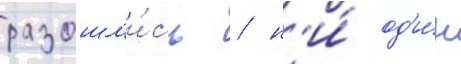
разошл'и́сь / н'и́ од'и́н